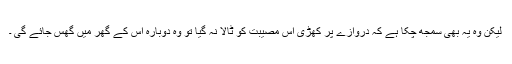
لیکن وہ یہ بھی سمجھ چکا ہے کہ دروازے پر کھڑی اس مصیبت کو ٹالا نہ گیا تو وہ دوبارہ اس کے گھر میں گھس جائے گی ۔